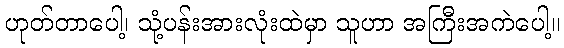
ဟုတ်တာပေါ့၊ သုံ့ပန်းအားလုံးထဲမှာ သူဟာ အကြီးအကဲပေါ့။